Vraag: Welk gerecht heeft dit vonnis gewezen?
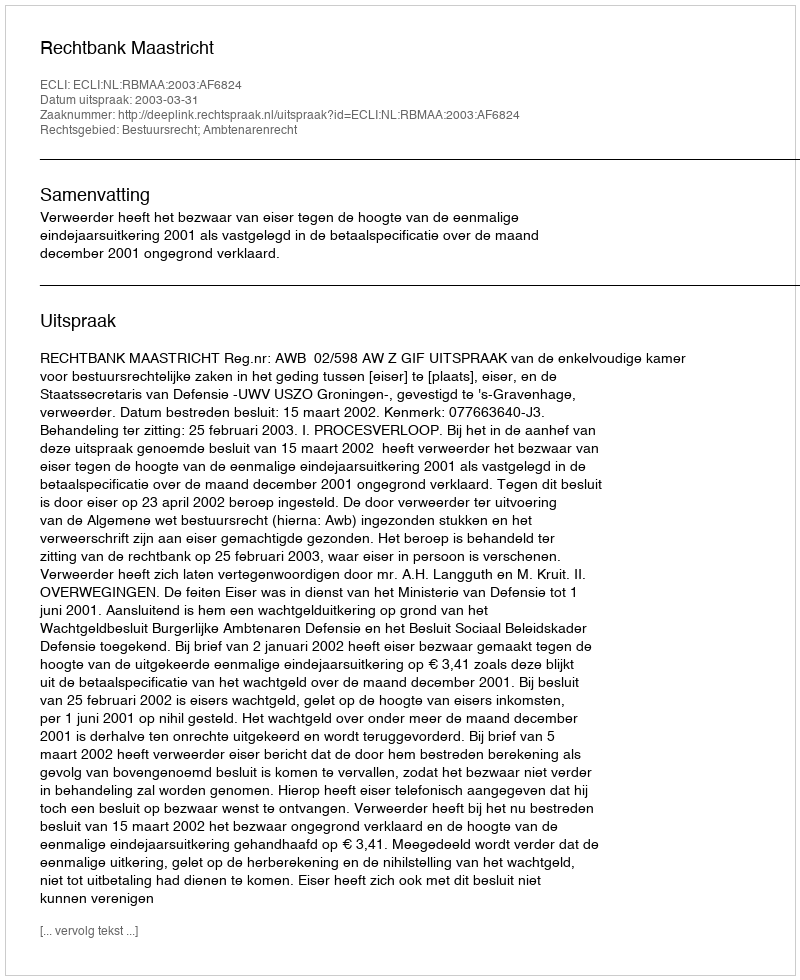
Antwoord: Rechtbank Maastricht